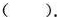
()。